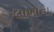
લાખાના